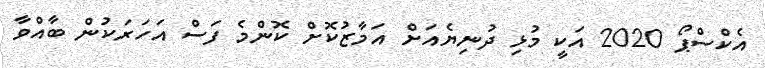
އެކްސްޕޯ 2020 އަކީ މުޅި ދުނިޔެއަށް އަމާޒުކޮށް ކޮންމެ ފަސް އަހަރަކުން ބާއްވާ